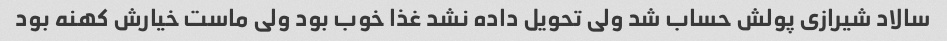
سالاد شیرازی پولش حساب شد ولی تحویل داده نشد غذا خوب بود ولی ماست خیارش کهنه بود